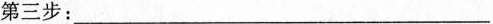
第三步：____